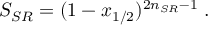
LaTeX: S _ { S R } = ( 1 - x _ { 1 / 2 } ) ^ { 2 n _ { S R } - 1 } \; .